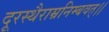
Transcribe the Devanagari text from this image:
दूरस्थैराम्रनिम्बवत्।।